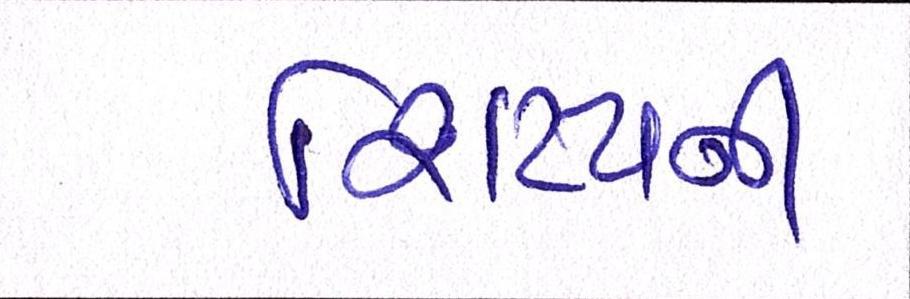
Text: શિષ્યની